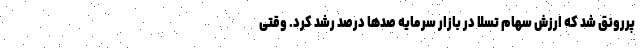
پررونق شد که ارزش سهام تسلا در بازار سرمایه صدها درصد رشد کرد. وقتی